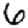
Digit: 6